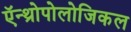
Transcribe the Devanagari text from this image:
ऍन्थ्रोपोलोजिकल